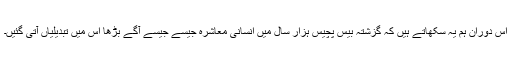
اس دوران ہم یہ سکھاتے ہیں کہ گزشتہ بیس پچیس ہزار سال میں انسانی معاشرہ جیسے جیسے آگے بڑھا اس میں تبدیلیاں آتی گئیں۔